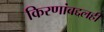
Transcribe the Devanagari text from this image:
किरणांबद्दलही